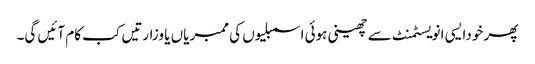
پھر خودایسی انویسٹمنٹ سے چھینی ہوئی اسمبلیوں کی ممبریاں یا وزارتیں کب کام آئیں گی۔